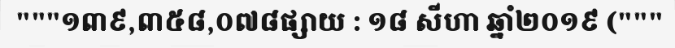
"""១៣៩,៣៥៨,០៧៨ផ្សាយ : ១៨ សីហា ឆ្នាំ២០១៩ ("""